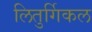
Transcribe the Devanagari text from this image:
लितुर्गिकल